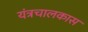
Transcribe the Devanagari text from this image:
यंत्रचालकास